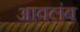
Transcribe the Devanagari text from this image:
आवलंब